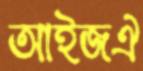
আইজঐ